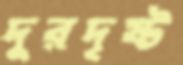
দুরদৃষ্ট